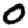
Digit: 0